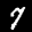
Digit: 7